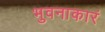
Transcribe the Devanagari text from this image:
भुवनाकारं